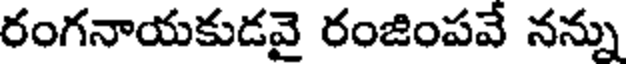
రంగనాయకుడవై రంజింపవే నన్ను